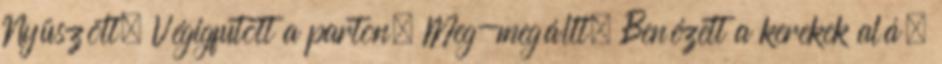
Nyüszölt. Végigfutott a parton. Meg-megállt. Benézett a kerekek alá.